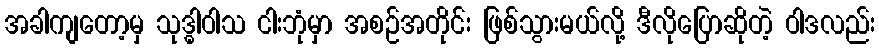
အခါကျတော့မှ သုဒ္ဓါဝါသ ငါးဘုံမှာ အစဉ်အတိုင်း ဖြစ်သွားမယ်လို့ ဒီလိုပြောဆိုတဲ့ ဝါဒလည်း